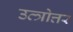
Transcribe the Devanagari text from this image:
उत्त्रोत्तर